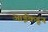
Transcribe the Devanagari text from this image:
आईंकडून